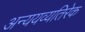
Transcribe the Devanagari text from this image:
अन्ययव्यतिरेक